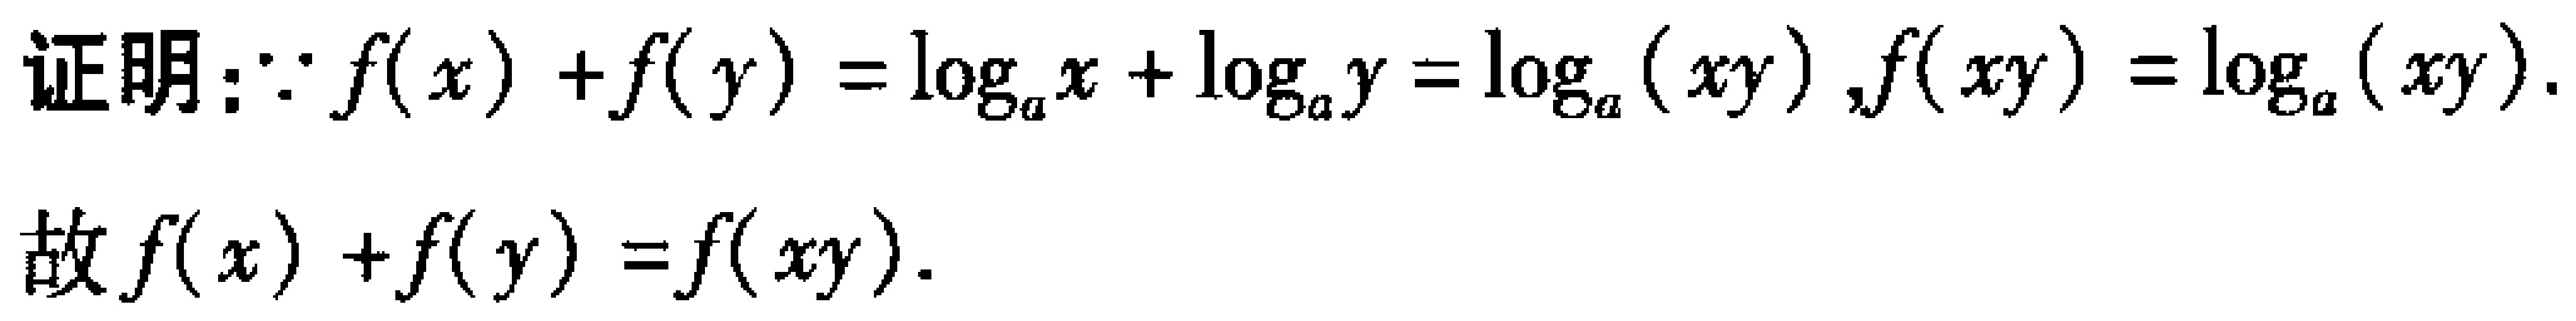
证明：\(\because f(x)+f(y)=\log_{a}x+\log_{a}y = \log_{a}(xy), f(xy)=\log_{a}(xy)\).

故\(f(x)+f(y)=f(xy)\).